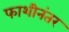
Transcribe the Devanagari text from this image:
फाशीनंतर